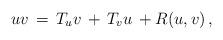
LaTeX: \begin{align*}uv\,=\,T_uv\,+\,T_vu\,+R(u,v)\,,\end{align*}